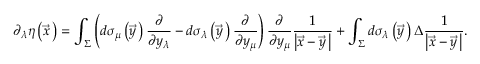
\partial _ { \lambda } \eta \left( \vec { x } { \, } \right) = \int _ { \Sigma } ^ { } \left( d \sigma _ { \mu } \left( \vec { y } { \, } \right) \frac { \partial } { \partial y _ { \lambda } } - d \sigma _ { \lambda } \left( \vec { y } { \, } \right) \frac { \partial } { \partial y _ { \mu } } \right) \frac { \partial } { \partial y _ { \mu } } \frac { 1 } { \left| \vec { x } - \vec { y } { \, } \right| } + \int _ { \Sigma } ^ { } d \sigma _ { \lambda } \left( \vec { y } { \, } \right) \Delta \frac { 1 } { \left| \vec { x } - \vec { y } { \, } \right| } .